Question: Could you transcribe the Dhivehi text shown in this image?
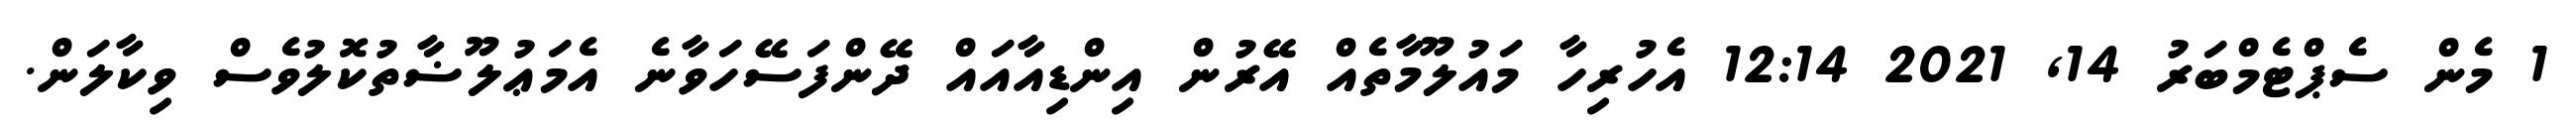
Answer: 1 މެން ސެޕްޓެމްބަރު 14, 2021 12:14 އެހުރިހާ މައުލޫމާތެއް އޭރުން އިންޑިއާއައް ދޭންފަސޭހަވާނެ އެމަޢުލޫޟާތުކޮލުވެސް ވިކާލަން.